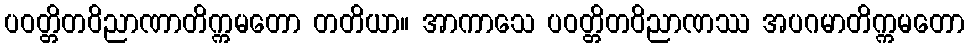
ပဝတ္တိတဝိညာဏာတိက္ကမတော တတိယာ။ အာကာသေ ပဝတ္တိတဝိညာဏဿ အပဂမာတိက္ကမတော